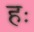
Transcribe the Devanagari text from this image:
हः